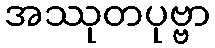
အဿုတပုဗ္ဗာ